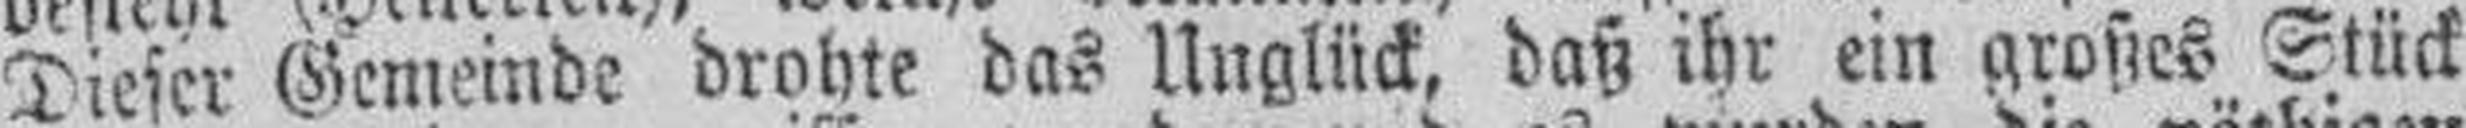
Dieser Gemeinde drohte das Unglück, daß ihr ein großes Stück